Indian journal of veterinary science and animal husbandry - Volume 2,
Year: 1932
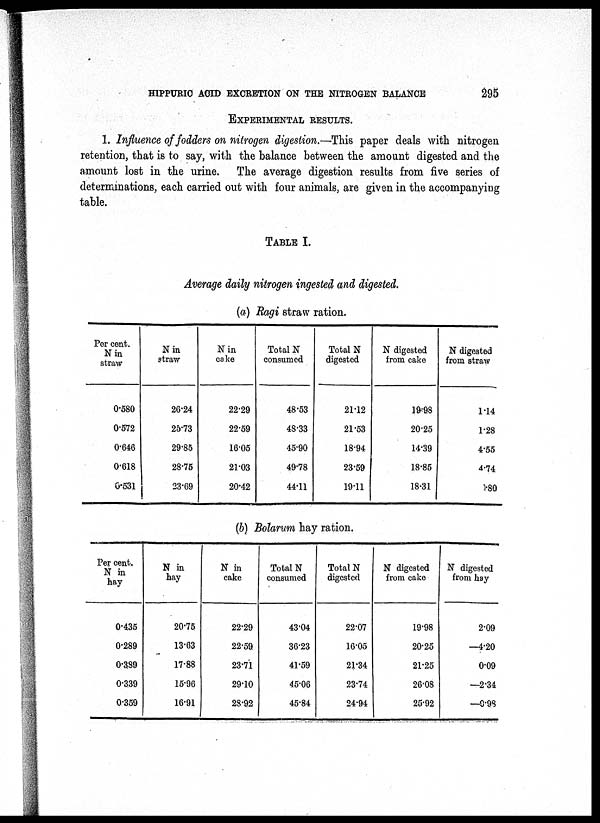
HIPPURIC ACID EXCRETION ON THE NITROGEN BALANCE
295
EXPERIMENTAL RESULTS.
1. Influence of fodders on nitrogen digestion.—This paper deals with nitrogen
retention, that is to say, with the balance between the amount digested and the
amount lost in the urine. The average digestion results from five series of
determinations, each carried out with four animals, are given in the accompanying
table.
TABLE I.
Average daily nitrogen ingested and digested.
(a) Ragi straw ration.
Percent.
N in
straw
0.580
0.572
0.646
0.618
0.531
N in
straw
26.24
25.73
29.85
28.75
23.69
N in
cake
22.29
22.59
16.05
21.03
20.42
Total N
consumed
48.53
48.33
45.90
49.78
44.11
Total N
digested
21.12
21.53
18.94
23.59
19.11
N digested
from cake
19.98
20.25
14.39
18.85
18.31
N digested
from straw
1.14
1.28
4.55
4.74
0.80
(b) Bolarum hay ration.
Percent.
N in
hay
0.435
0.289
0.389
0.339
0.359
N in
hay
20.75
13.63
17.88
15.96
16.91
N in
cake
22.29
22.59
23.71
29.10
28.92
Total N
consumed
43.04
36.23
41.59
45.06
45.84
Total N
digested
22.07
16.05
21.34
23.74
24.94
N digested
from cake
19.98
20.25
21.25
26.08
25.92
N digested
from hay
2.09
—4.20
0.09
—2.34
—0.98